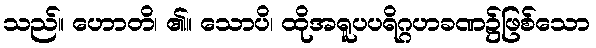
သည်။ ဟောတိ၊ ၏။ သောပိ၊ ထိုအရူပပရိဂ္ဂဟခဏ၌ဖြစ်သော